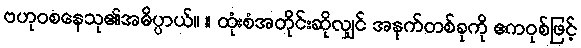
ဗဟုဝစနေသု၏အဓိပ္ပာယ်။ ။ ထုံးစံအတိုင်းဆိုလျှင် အနက်တစ်ခုကို ဧကဝုစ်ဖြင့်